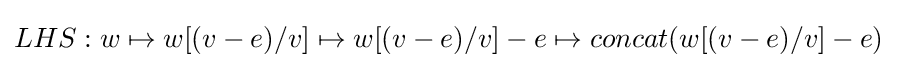
LHS:w\mapsto w[(v-e)/v]\mapsto w[(v-e)/v]-e\mapsto concat(w[(v-e)/v]-e)